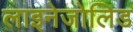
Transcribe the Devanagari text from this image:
लाइनेजोलिड